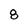
Character: 8